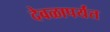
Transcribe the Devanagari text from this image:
देवळापर्यंत